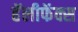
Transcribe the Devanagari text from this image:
हॅलीफॅक्स